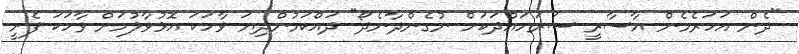
"ދެން އަހަރެމެން އާސާރީ ސަރަހައްދަކަށް ނުގެންދާނެދޯ" ދައްކަމުންދިޔަ ވާހަކަ އޮޅުވާލުމަށް ވާހަކަ ފެށީ